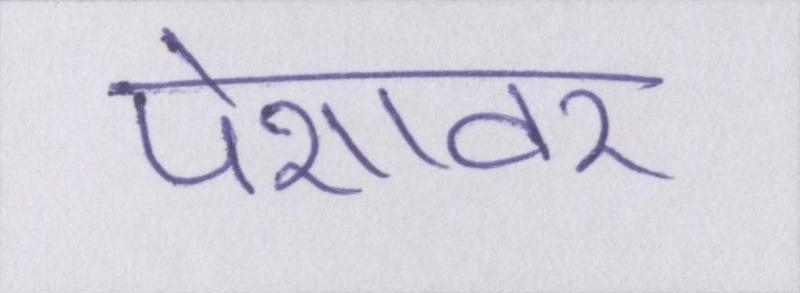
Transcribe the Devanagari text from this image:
पेशावर